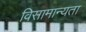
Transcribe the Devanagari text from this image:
विसामान्यता